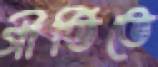
গীতিতে